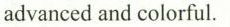
advanced and colorful.